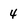
Character: 4